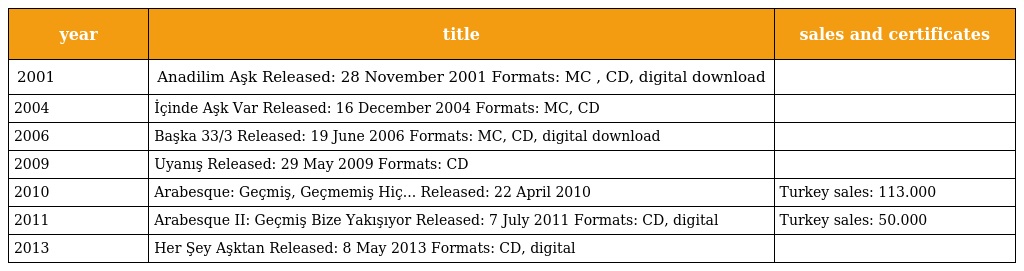
| year | title | sales and certificates |
 | --- | --- | --- |
 | 2001 | Anadilim Aşk Released: 28 November 2001 Formats: MC , CD, digital download |  |
 | 2004 | İçinde Aşk Var Released: 16 December 2004 Formats: MC, CD |  |
 | 2006 | Başka 33/3 Released: 19 June 2006 Formats: MC, CD, digital download |  |
 | 2009 | Uyanış Released: 29 May 2009 Formats: CD |  |
 | 2010 | Arabesque: Geçmiş, Geçmemiş Hiç... Released: 22 April 2010 | Turkey sales: 113.000 |
 | 2011 | Arabesque II: Geçmiş Bize Yakışıyor Released: 7 July 2011 Formats: CD, digital | Turkey sales: 50.000 |
 | 2013 | Her Şey Aşktan Released: 8 May 2013 Formats: CD, digital |  |